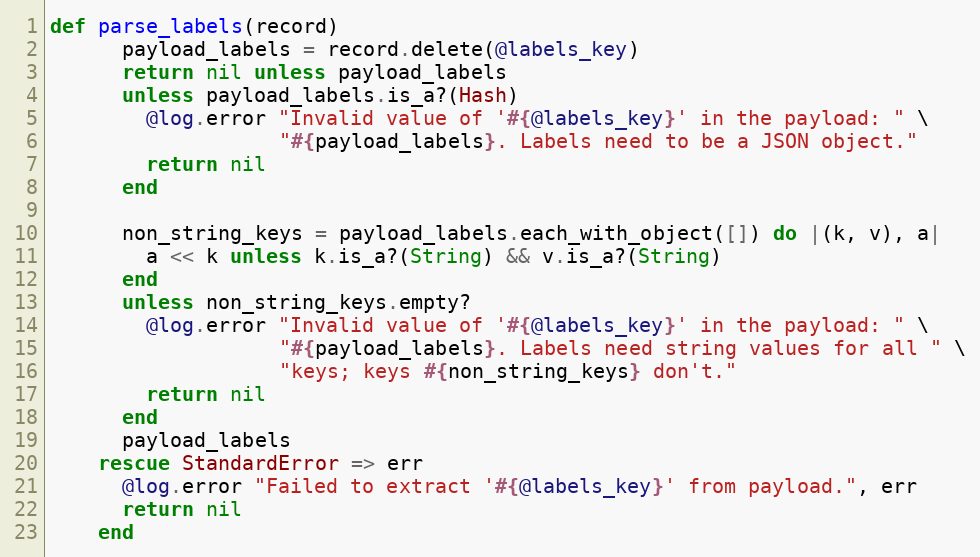
Language: Ruby
def parse_labels(record)
      payload_labels = record.delete(@labels_key)
      return nil unless payload_labels
      unless payload_labels.is_a?(Hash)
        @log.error "Invalid value of '#{@labels_key}' in the payload: " \
                   "#{payload_labels}. Labels need to be a JSON object."
        return nil
      end

      non_string_keys = payload_labels.each_with_object([]) do |(k, v), a|
        a << k unless k.is_a?(String) && v.is_a?(String)
      end
      unless non_string_keys.empty?
        @log.error "Invalid value of '#{@labels_key}' in the payload: " \
                   "#{payload_labels}. Labels need string values for all " \
                   "keys; keys #{non_string_keys} don't."
        return nil
      end
      payload_labels
    rescue StandardError => err
      @log.error "Failed to extract '#{@labels_key}' from payload.", err
      return nil
    end